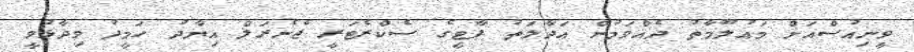
ވީނިއުސްއަށް މައުލޫމާތު ދެއްވަމުން އަދާލަތު ޕާޓީގެ ސެކްރެޓަރީ ޖެނެރަލް އިޔާދު ހަމީދު ވިދާޅުވީ